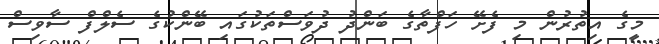
މީގެ އިތުރުން މި ފެށޭ ހަފްތާގެ ބަންދު ދުވަސްތަކުގައި ބޭންކުގެ ސެލްފް ސާވިސް